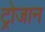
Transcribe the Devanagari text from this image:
ट्रोजान